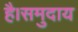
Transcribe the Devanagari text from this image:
है।समुदाय